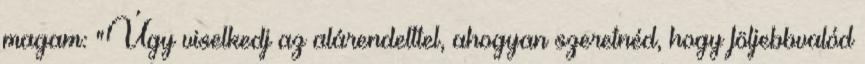
magam: "Úgy viselkedj az alárendelttel, ahogyan szeretnéd, hogy följebbvalód